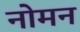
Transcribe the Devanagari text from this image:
नोमन